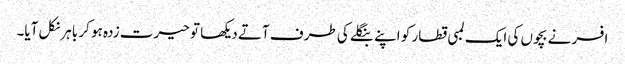
افسر نے بچوں کی ایک لمبی قطار کو اپنے بنگلے کی طرف آتے دیکھا تو حیرت زدہ ہو کر باہر نکل آیا۔